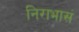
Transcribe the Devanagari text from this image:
निराभासं